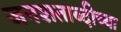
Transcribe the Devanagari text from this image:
जनशताब्दीच्या